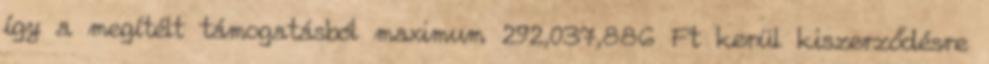
így a megítélt támogatásból maximum 292,037,886 Ft kerül kiszerződésre